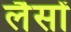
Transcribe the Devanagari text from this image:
लैसों